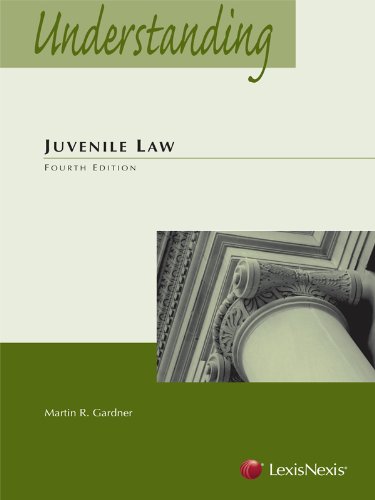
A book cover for Understanding Juvenile Law (2014); Martin R. Gardner; Law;